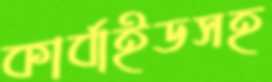
কার্বাইডসহ